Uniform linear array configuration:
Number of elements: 32
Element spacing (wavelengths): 1
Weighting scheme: hamming
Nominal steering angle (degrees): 0
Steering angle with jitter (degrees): -1.516
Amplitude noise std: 0.05
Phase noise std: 0.05

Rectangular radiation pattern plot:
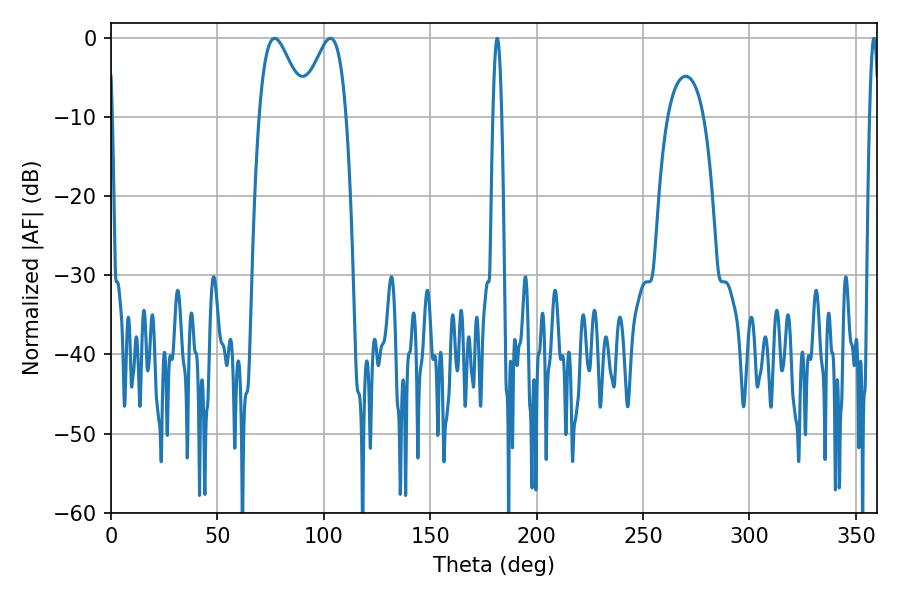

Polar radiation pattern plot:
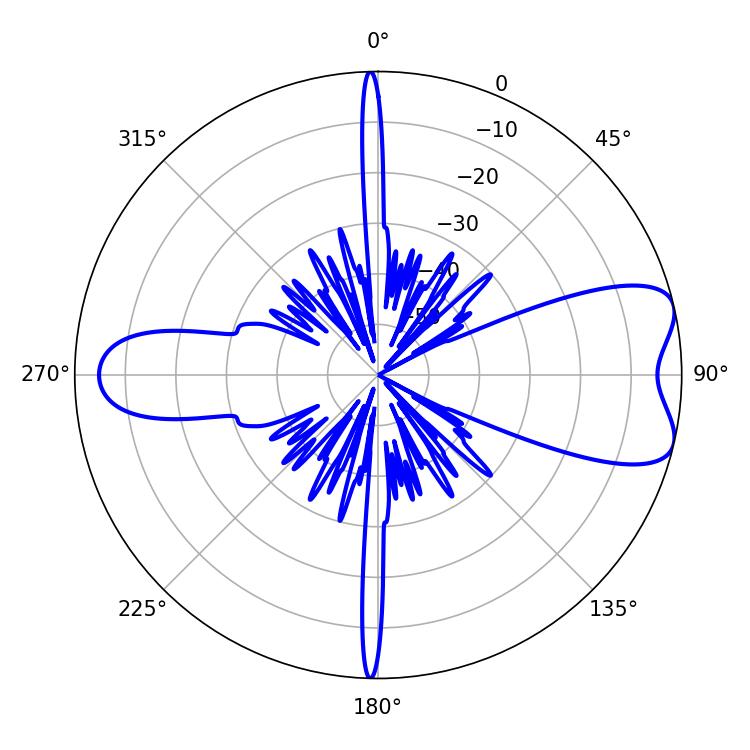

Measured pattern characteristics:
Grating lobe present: TRUE
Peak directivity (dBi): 7.629
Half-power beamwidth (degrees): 11.52
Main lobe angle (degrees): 76.86